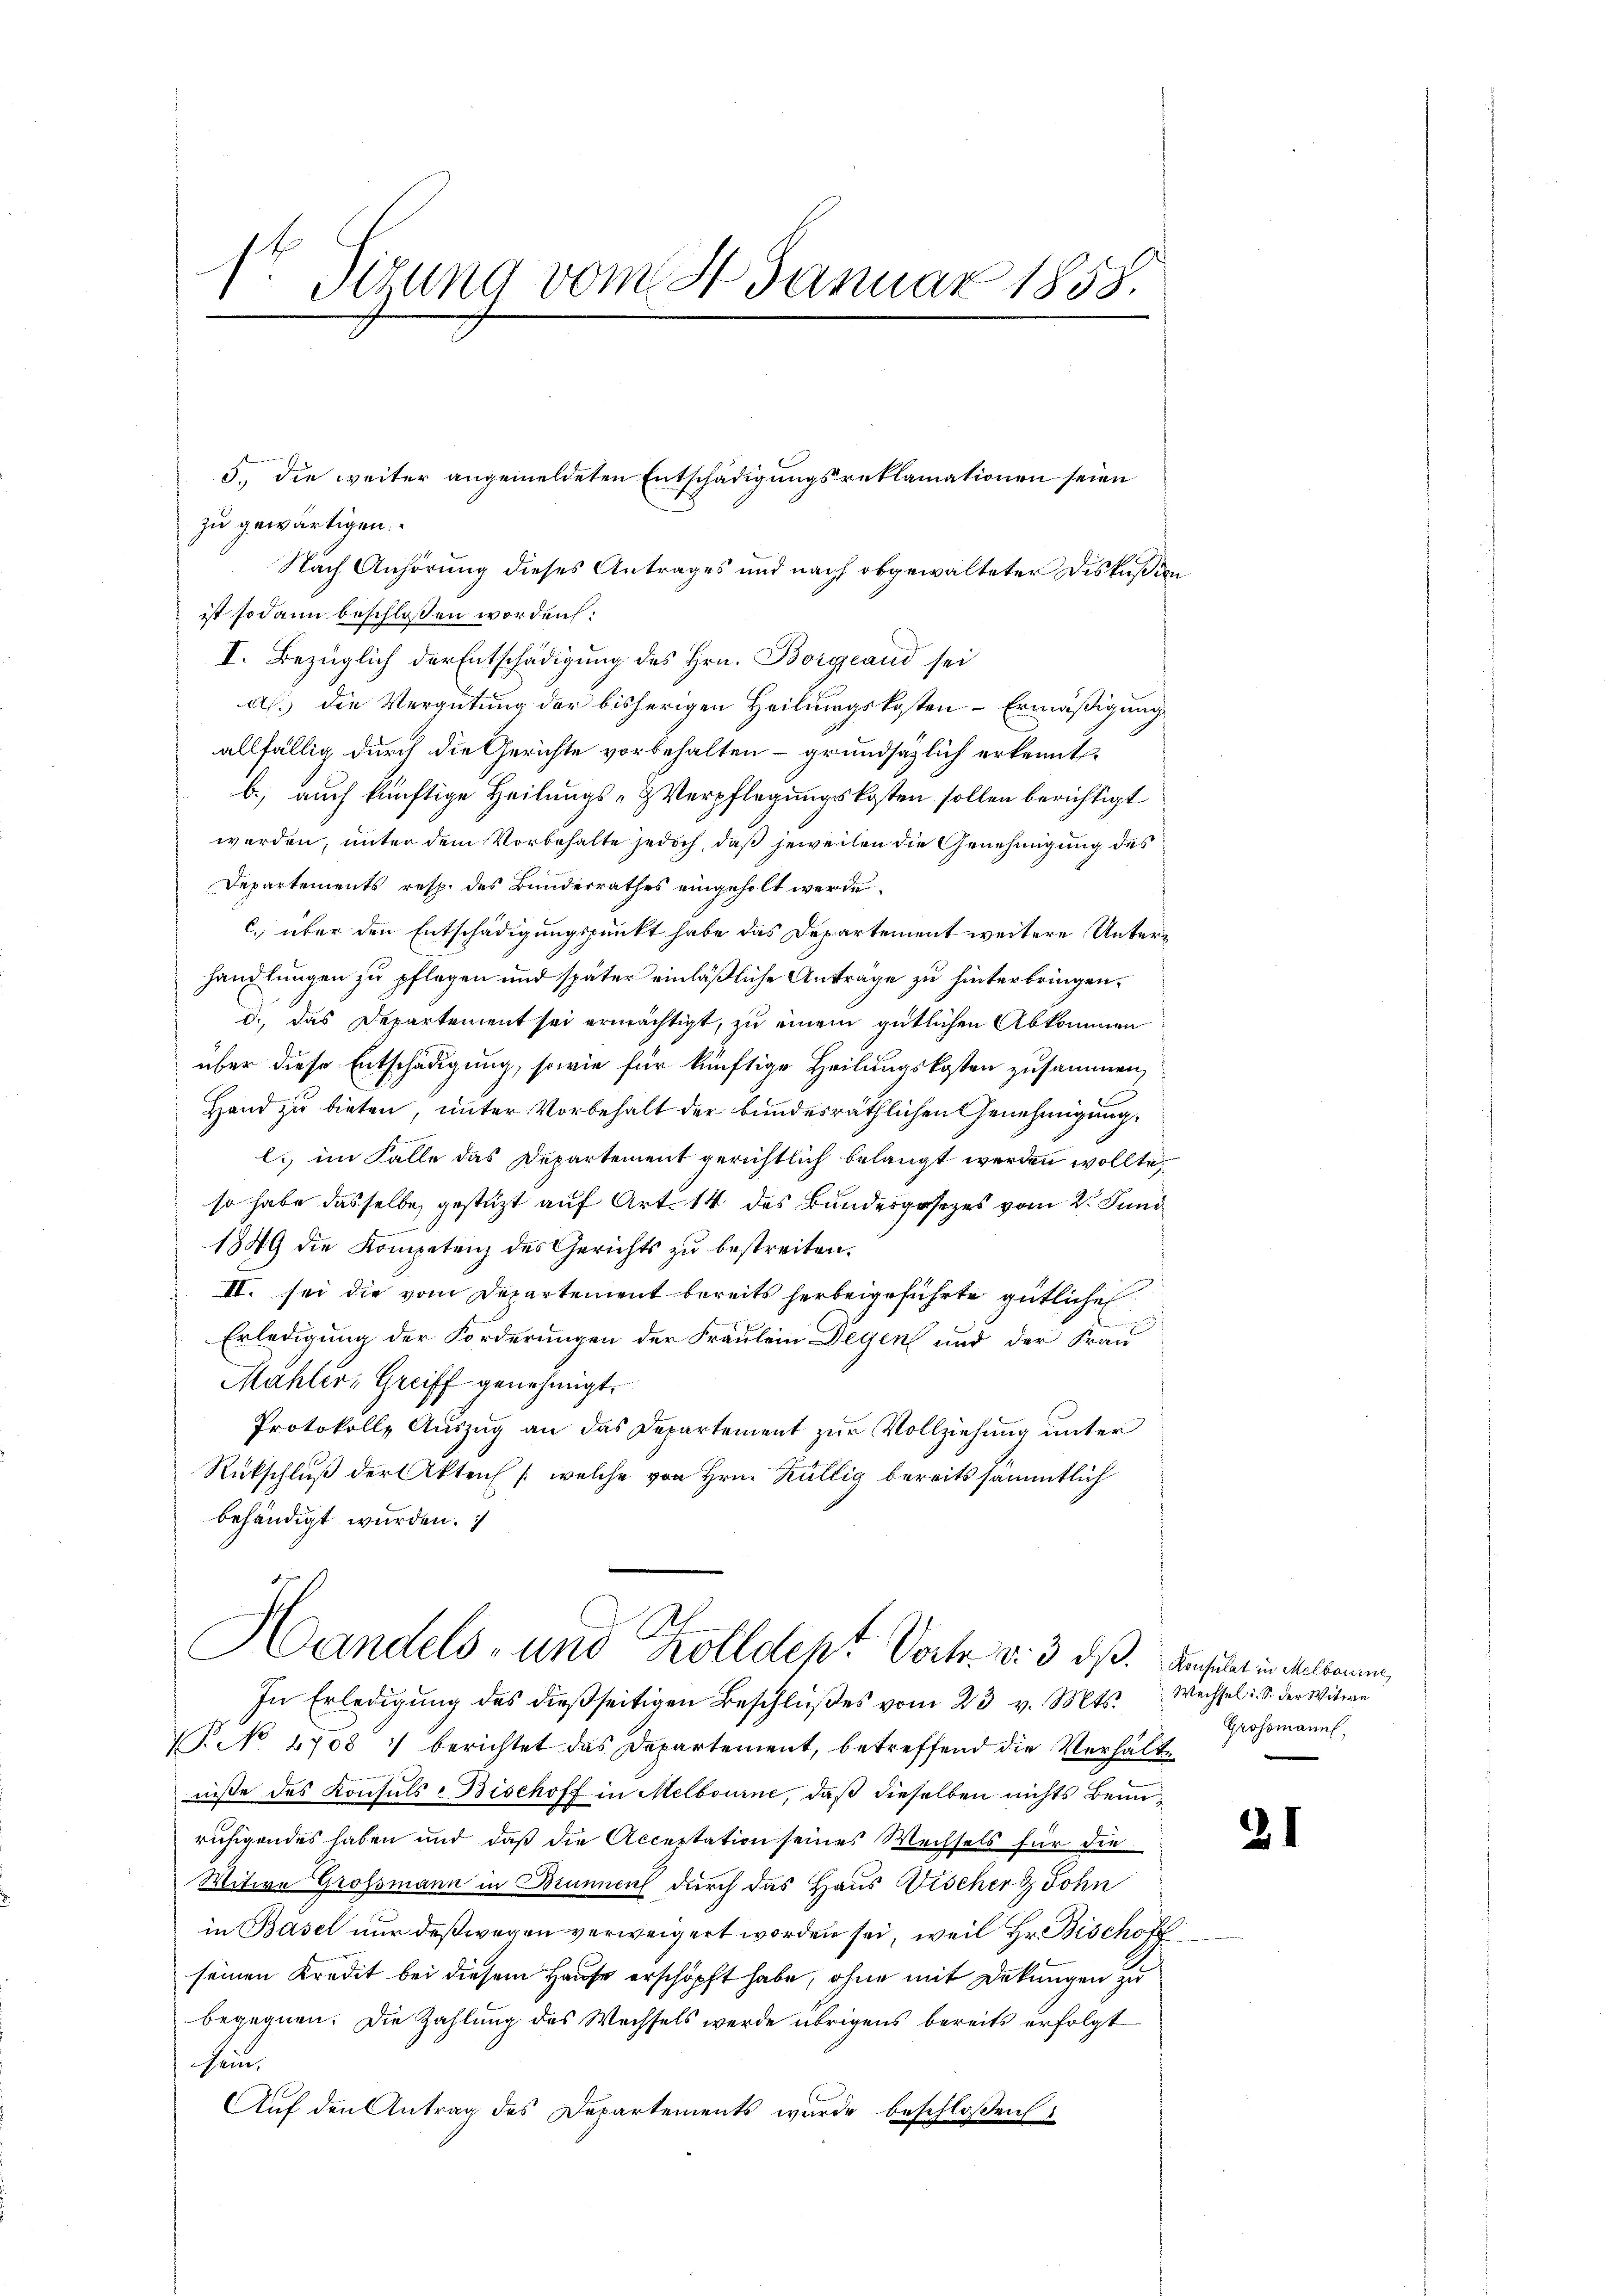
sr Sitzung vom 24. Januar 1858.
.
4

zu gewärtigen.
Nach Anhörung dieses Antrages und nach abgewalteter Diskußiist sodann beschlossen worden:
I. Bezüglich der Entschädigung des Hrn. Borgeand sei
a. Die Vergütung der bisherigen Heilungskosten - Ermäßigung
allfällig durch die Gerichte vorbehalten – grundsätzlich erkennt
b) auch künftige Heilungs- & Verpflegungskosten sollen berichtigt
werden, unter dem Vorbehalte jedoch, daß jeweilen die Genehmigung des
Departements resp. des Bunderrathes eingeholt werde.
c.) über den Entschädigungspunkt habe das Departement weitere Unterhandlungen zu pflegen und später einläßliche Anträge zu hinterbringen.
d., das Departement sei ermächtigt, zu einem gütlichen Abkommen
über diese Entschädigung, sowie für künftige Heilungskosten zusammen,
Hand zu bieten, unter Vorbehalt der bundesräthlichen Genehmigung,
l. im Falle das Departement gerichtlich belangt werden wollte,
so habe dasselbe gestützt auf Art. 14 des Bundesgesezes vom 2. Juni
1849 die Kompetenz des Gerichts zu bestreiten.
 III. sei die vom Departement bereits herbeigeführte gütliche
Erledigung der Forderungen der Fräulein Degen und der Frau
Mahler, Greiff genehmigt.
Protokolle Aŭszŭg an das Departement zŭr Vollziehung unter
Rückschluß der Akten /: welche von Hrn. Köllig bereits sämmtlich
behändigt wurden.
Handels- und Kolldept Vortr. v. 3. ds. Ansicht in Melkommen,
In Erledigŭng des dießseitigen Beschlŭβes vom 23. v. Mts.
NNo 1708 :/ berichtet das Departement, betreffend die Verhälte
niße des Konsuls Bischoff in Melbourne, daβ dieselben nichts Beinruhigendes haben und daß die Acceptation seines Wechsels für die
Witwe Grossmann in Brunnen durch das Haus Bischer Sohn
in Basel nur deßwegen verweigert worden sei, weil Hr. Bischo
seinen Kredit bei diesem Hause erschöpft habe, ohne mit Dekungen zu
begegnen. Die Zahlung des Wechsels werde übrigens bereits erfolgt
sein,
Auf den Antrag des Departements wurde beschloßen:

5., die weiter angemeldeten Entschädigungsreklamationen seien

In

Wechsel i. S. der Witwe
Grossmann,

21